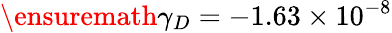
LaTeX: \ensuremath{\gamma}_{D}=-1.63\times 10^{-8}